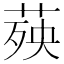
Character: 𦴊